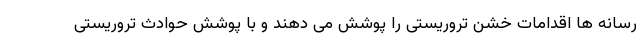
رسانه ها اقدامات خشن تروریستی را پوشش می دهند و با پوشش حوادث تروریستی